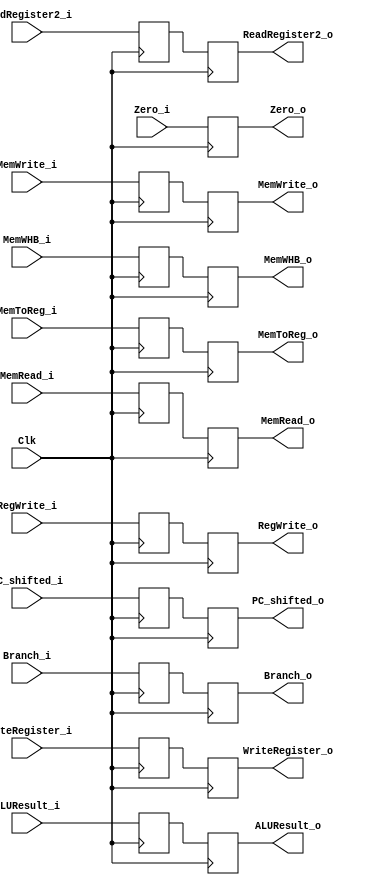
//Percentages
//Mason: 33%
//Alex: 33%
// Ali: 33%
module EX_MEM_Register(
    input Clk,
    //controller
    //mem
    input MemWrite_i,
    input MemRead_i,
    input Branch_i,
    input [1:0] MemWHB_i,
    //write-back
    input RegWrite_i,
    input MemToReg_i,
    
    //mem
    output reg MemWrite_o,
    output reg MemRead_o,
    output reg Branch_o,
    output reg [1:0] MemWHB_o,
    //write-back
    output reg RegWrite_o,
    output reg MemToReg_o,
    
    //other inputs
    input [31:0] PC_shifted_i,
    
    input [31:0] ALUResult_i,
    input Zero_i,
    
    input [31:0] ReadRegister2_i,
    
    input [4:0] WriteRegister_i,
    
    //other outputs
    output reg [31:0] PC_shifted_o,
    
    output reg [31:0] ALUResult_o,
    output reg Zero_o,
    
    output reg [31:0] ReadRegister2_o,
    
    output reg [4:0] WriteRegister_o
);
    //declaring temp registers
    reg MemWrite;
    reg MemRead;
    reg PCSrc;
    reg Branch;
    reg [1:0] MemWHB;
    //write-back
    reg RegWrite;
    reg MemToReg;
    //other outputs
    reg [31:0] PC_shifted;
    
    reg [31:0] ALUResult;
    reg Zero;
    
    reg [31:0] ReadRegister2;
    
    reg [4:0] WriteRegister;
    
    initial begin
        Branch <= 0;
        Branch_o <= 0;
    end
    
    always @(posedge Clk) begin
        MemWrite <= MemWrite_i;
        MemRead <= MemRead_i;
        Branch <= Branch_i;
        MemWHB <= MemWHB_i;
         
        RegWrite <= RegWrite_i;
        MemToReg <= MemToReg_i;
        
        PC_shifted <= PC_shifted_i;
        
        ALUResult <= ALUResult_i;
        Zero <= Zero_i;
        
        ReadRegister2 <= ReadRegister2_i;

        WriteRegister <= WriteRegister_i;
    end
    
    always @(negedge Clk) begin
        MemWrite_o <= MemWrite;
        MemRead_o <= MemRead;
        Branch_o <= Branch;
        MemWHB_o <= MemWHB;
         
        RegWrite_o <= RegWrite;
        MemToReg_o <= MemToReg;
        
        PC_shifted_o <= PC_shifted;
        
        ALUResult_o <= ALUResult;
        Zero_o <= Zero_i;
        
        ReadRegister2_o <= ReadRegister2;

        WriteRegister_o <= WriteRegister;
    end
        


endmodule